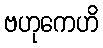
ဗဟုကေဟိ